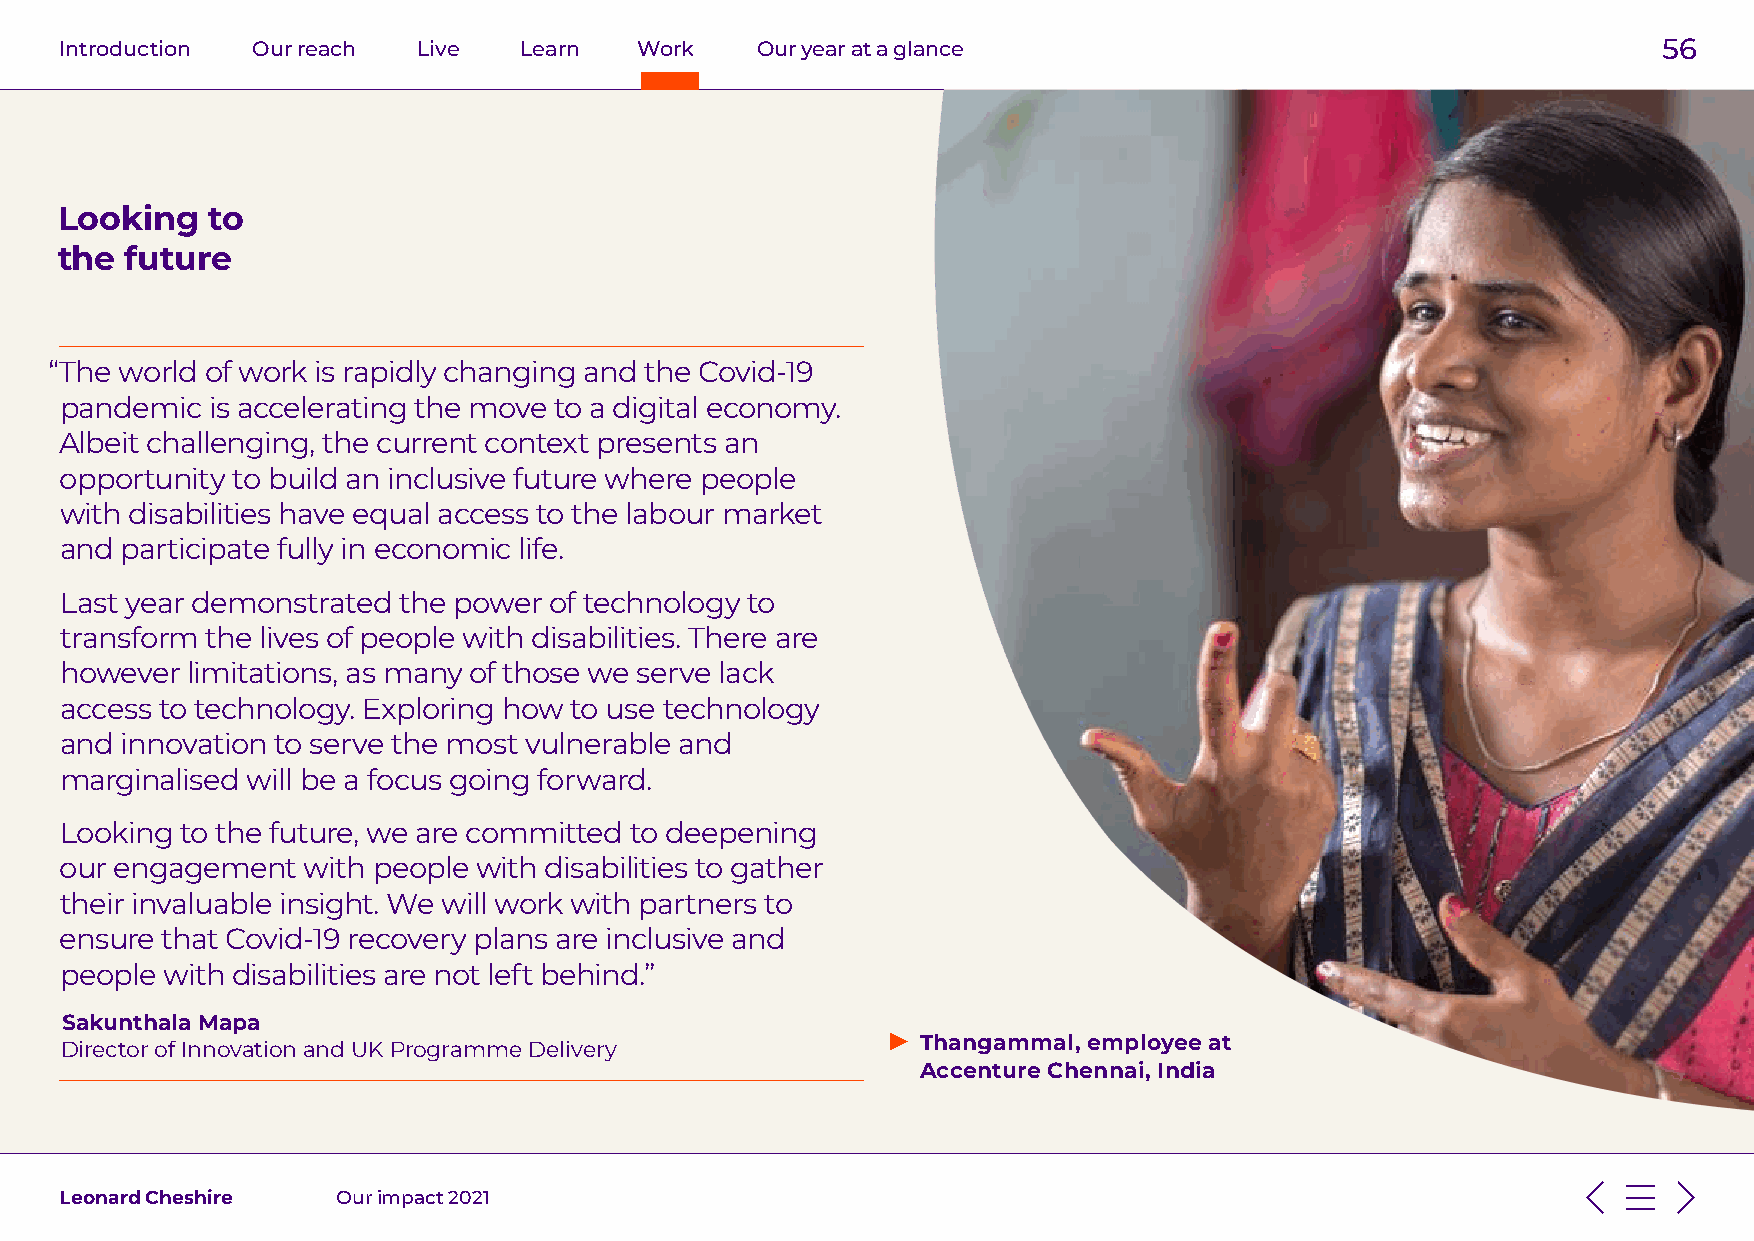
Introduction Our reach  Live  Learn   Work    Our year at a glance                                        56
 Looking   to
 the future
 “The world of work is rapidly changing and the Covid-19
 pandemic  is accelerating the move to a digital economy.
 Albeit challenging, the current context presents an
 opportunity to build an inclusive future where people
 with disabilities have equal access to the labour market
 and participate fully in economic life.
 Last year demonstrated the power of technology to
 transform the lives of people with disabilities. There are
 however limitations, as many of those we serve lack
 access to technology. Exploring how to use technology
 and innovation to serve the most vulnerable and
 marginalised will be a focus going forward.
 Looking to the future, we are committed to deepening
 our engagement  with people with disabilities to gather
 their invaluable insight. We will work with partners to
 ensure that Covid-19 recovery plans are inclusive and
 people with disabilities are not left behind.”
 Sakunthala Mapa
 Director of Innovation and UK Programme Delivery         Thangammal, employee at
 Accenture Chennai, India
 Leonard Cheshire  Our impact 2021